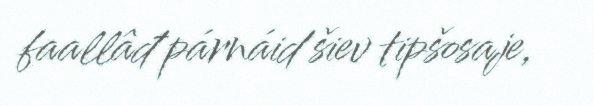
faallâđ párnáid šiev tipšosaje,